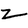
Character: z